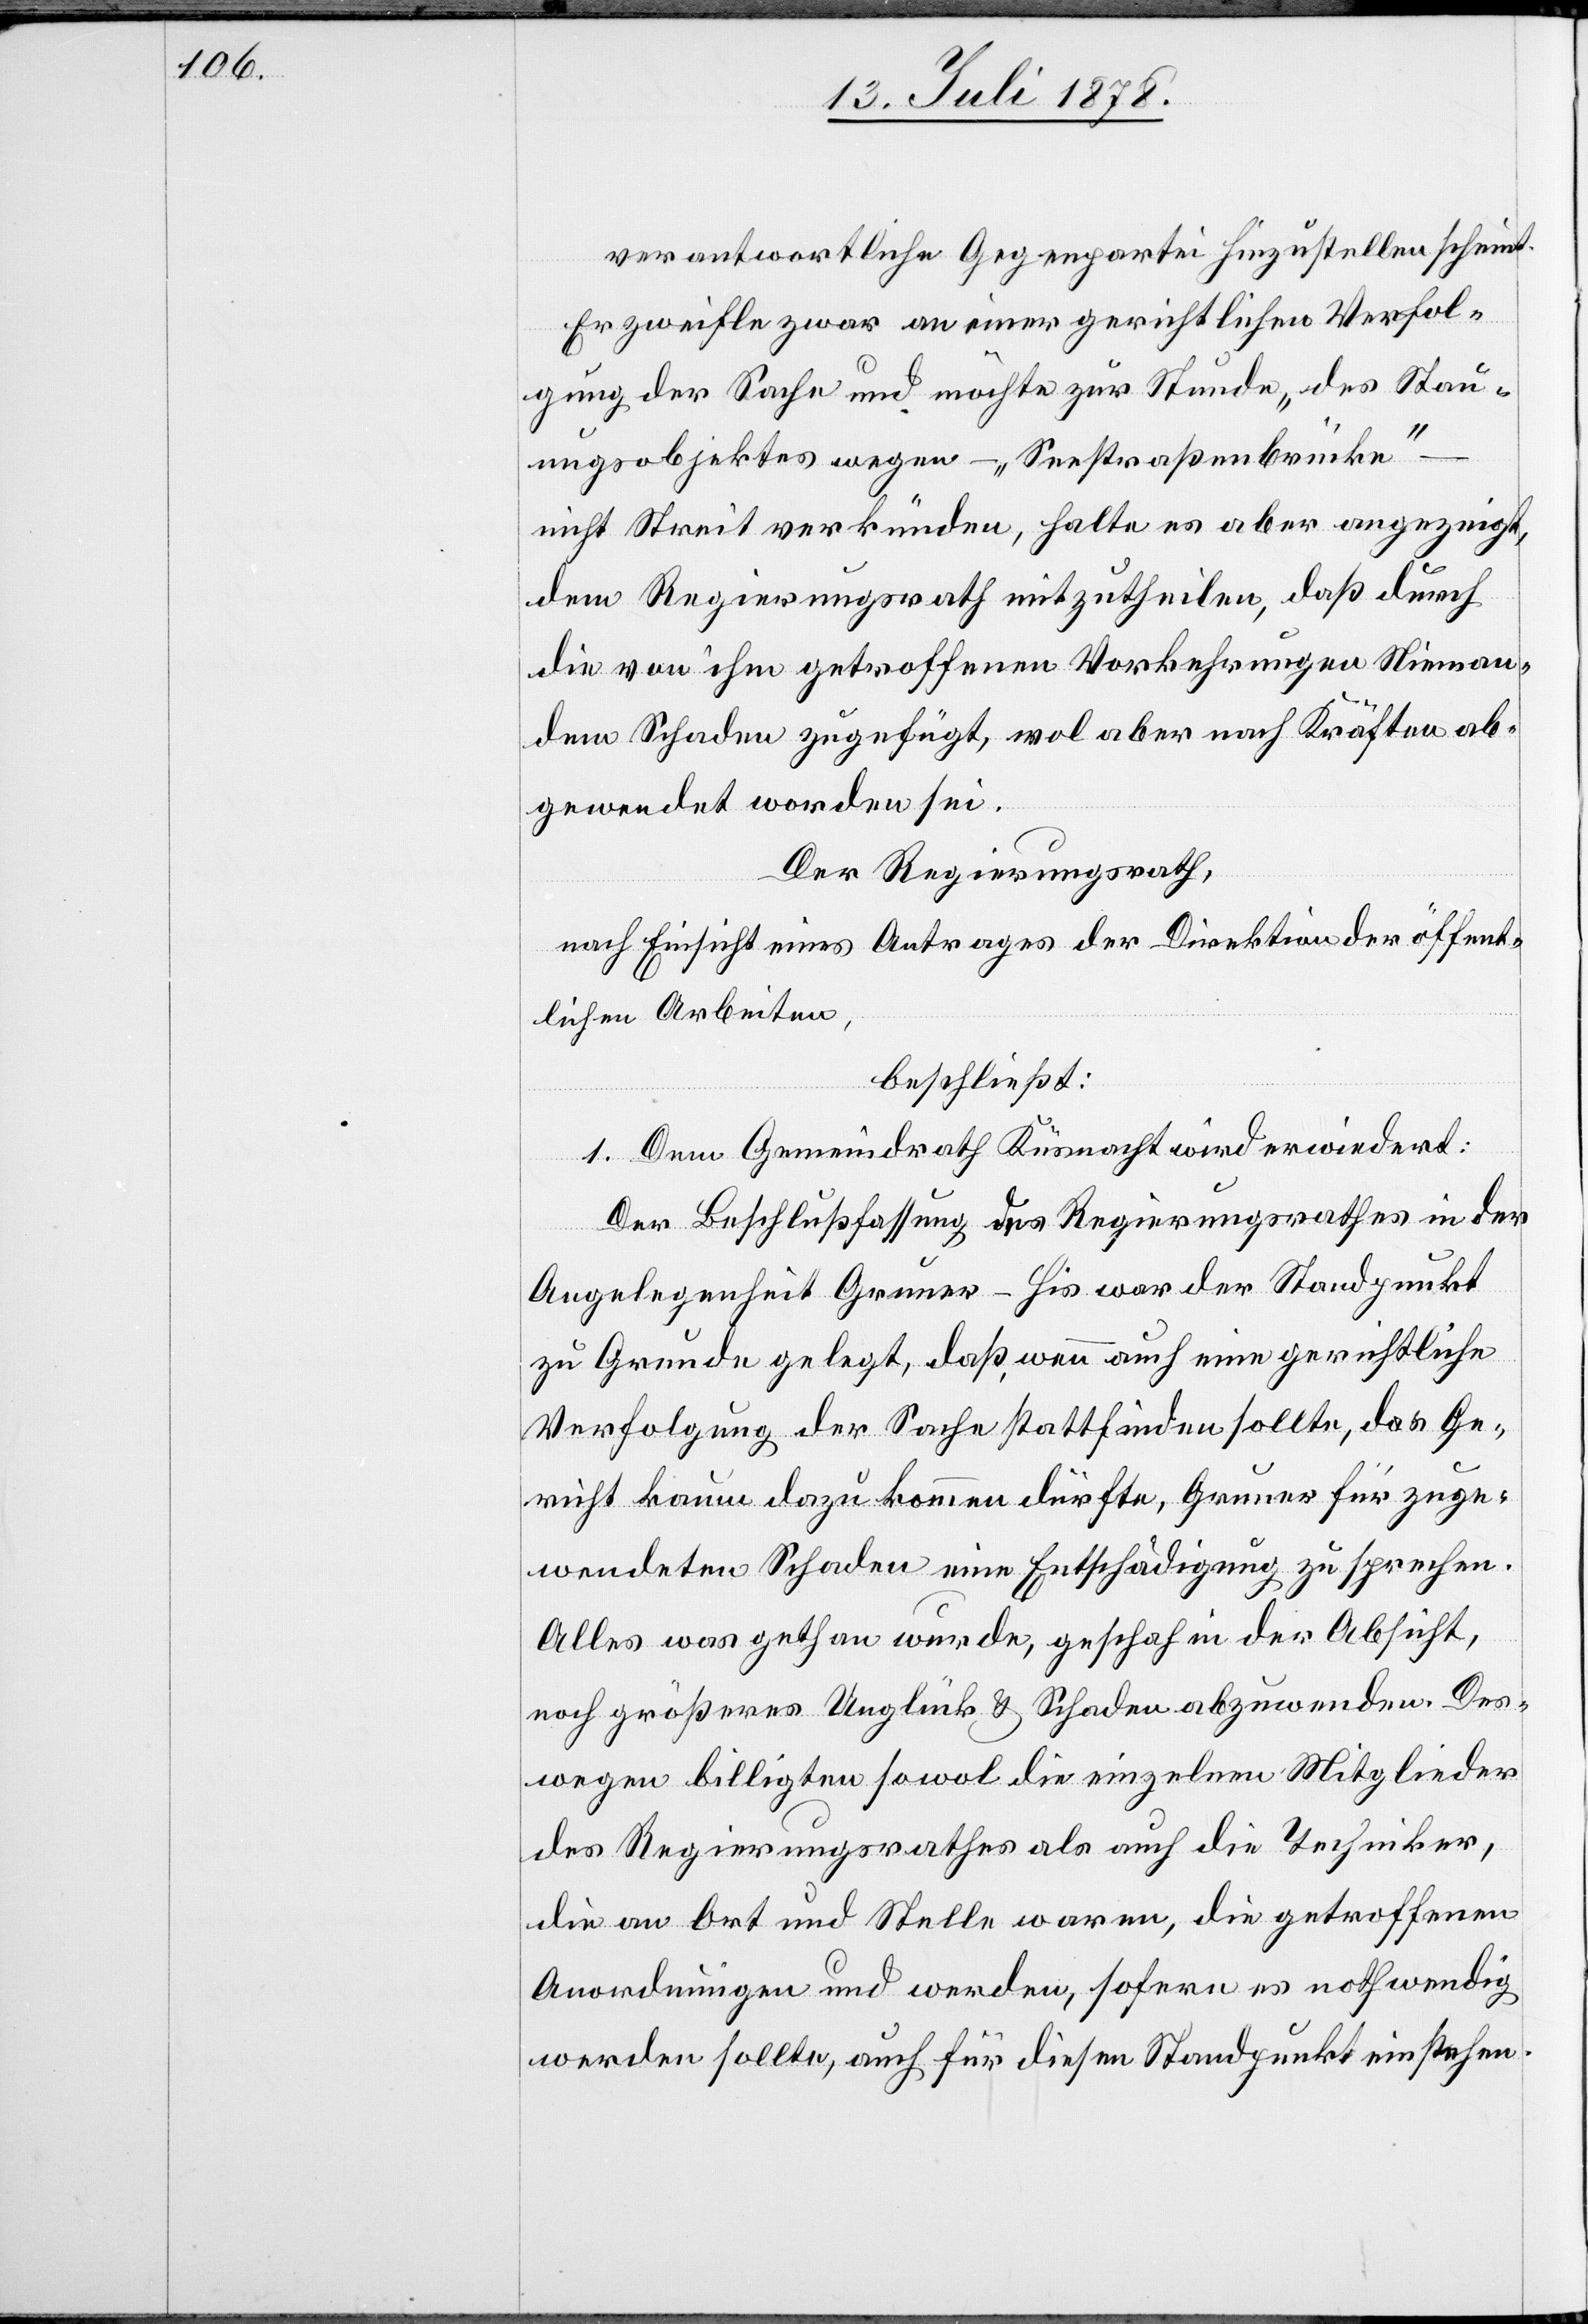
verantwortliche Gegenpartei hinzustellen scheint.
Er zweifle zwar an einer gerichtlichen Verfol¬
gung der Sache und möchte zur Stunde „des Stau¬
ungsobjektes wegen – „Seestraßenbrücke“
nicht Streit verkünden[“], halte es aber angezeigt,
dem Regierungsrath mitzutheilen, daß durch
die von ihm getroffenen Vorkehrungen Nieman¬
dem Schaden zugefügt, wol aber nach Kräften ab¬
gewendet worden sei.
Der Regierungsrath,
nach Einsicht eines Antrages der Direktion der öffent¬
lichen Arbeiten,
beschließt:
1. Dem Gemeindrath Küsnacht wird erwiedert:
Der Beschlussfassung des Regierungsrathes in der
Angelegenheit Gruner-His war der Standpunkt
zu Grunde gelegt, daß, wenn auch eine gerichtliche
Verfolgung der Sache stattfinden sollte, das Ge¬
richt kaum dazu kommen dürfte, Gruner für zuge¬
wendeten Schaden eine Entschädigung zu sprechen.
Alles was gethan wurde, geschah in der Absicht,
noch größeres Unglück & Schaden abzuwenden. Des¬
wegen billigten sowol die einzelnen Mitglieder
des Regierungsrathes als auch die Techniker,
die an Ort und Stelle waren, die getroffenen
Anordnungen und werden, sofern es nothwendig
werden sollte, auch für diesen Standpunkt einstehen.